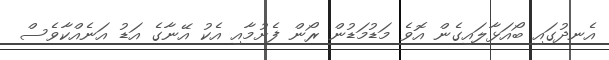
އެނދުގައި ބޯއަޅާލައިގެން އޮވެ މަޑުމަޑުން ރޯން ފެށުމާއި އެކު އޭނާގެ އަޑު އަނެއްކާވެސް